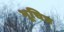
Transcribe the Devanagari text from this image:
भूचित्र